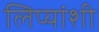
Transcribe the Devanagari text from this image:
लिप्यांशी